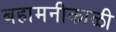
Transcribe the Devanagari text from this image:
बहामनीकाळी